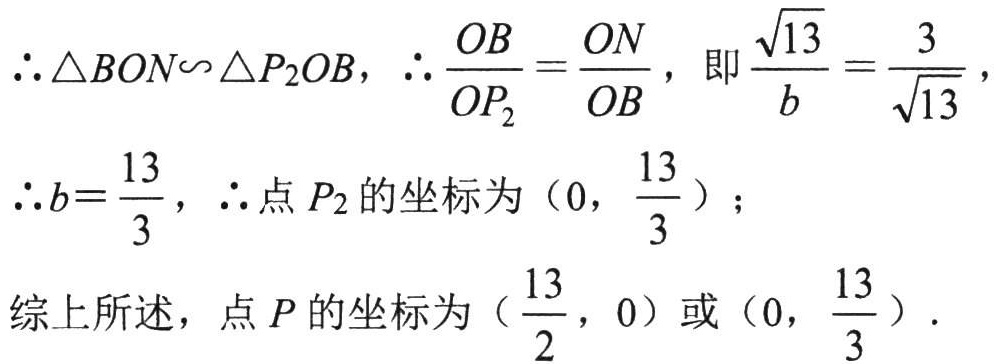
\(\therefore \triangle BON\backsim\triangle P_{2}OB,\ \therefore \frac{OB}{OP_{2}}=\frac{ON}{OB},\) 即\(\frac{\sqrt{13}}{b}=\frac{3}{\sqrt{13}},\)
\(\therefore b = \frac{13}{3},\ \therefore\)点\(P_{2}\)的坐标为\((0,\ \frac{13}{3})\);
综上所述，点\(P\)的坐标为\((\frac{13}{2},\ 0)\)或\((0,\ \frac{13}{3})\).